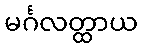
မင်္ဂလတ္ထာယ